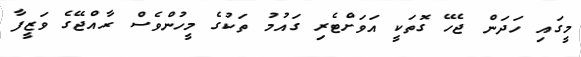
މީގައި ހަދަން ޖެހޭ ގޮތަކީ އަވަށްޓެރި ގައުމު ތަކުގެ މީހުންވެސް ރާއްޖޭގެ ވަޒީފާ